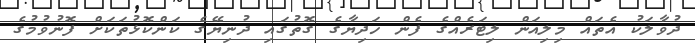
ދުވާލަކު އެތައް މިލިއަން ލިޓަރެއްގެ ފެން ހަދިޔާގެ ގޮތުގައި ދުނިޔޭގެ ކަންކޮޅުތަކަށް ފޮނުވުމުގެ